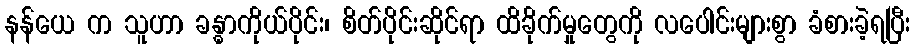
နန်ယေ က သူဟာ ခန္ဓာကိုယ်ပိုင်း၊ စိတ်ပိုင်းဆိုင်ရာ ထိခိုက်မှုတွေကို လပေါင်းများစွာ ခံစားခဲ့ရပြီး